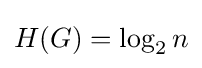
H(G)=\log _{2}n